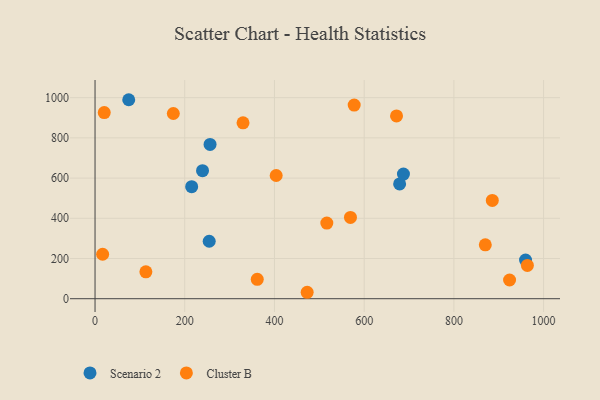
{"axis": {"x": "Study Hours", "y": "Sales"}, "legend": ["Cluster B", "Scenario 2"], "data": [{"x": "239.6", "y": 636.9, "type": "Scenario 2"}, {"x": "215.4", "y": 557.2, "type": "Scenario 2"}, {"x": "254.5", "y": 285.8, "type": "Scenario 2"}, {"x": "679.0", "y": 570.9, "type": "Scenario 2"}, {"x": "959.7", "y": 192.1, "type": "Scenario 2"}, {"x": "687.5", "y": 620.0, "type": "Scenario 2"}, {"x": "256.4", "y": 767.6, "type": "Scenario 2"}, {"x": "75.1", "y": 989.7, "type": "Scenario 2"}, {"x": "885.6", "y": 489.0, "type": "Cluster B"}, {"x": "20.5", "y": 926.0, "type": "Cluster B"}, {"x": "924.1", "y": 93.0, "type": "Cluster B"}, {"x": "516.7", "y": 376.2, "type": "Cluster B"}, {"x": "672.1", "y": 909.1, "type": "Cluster B"}, {"x": "403.8", "y": 612.9, "type": "Cluster B"}, {"x": "329.9", "y": 874.8, "type": "Cluster B"}, {"x": "963.8", "y": 165.4, "type": "Cluster B"}, {"x": "870.0", "y": 268.0, "type": "Cluster B"}, {"x": "174.5", "y": 921.1, "type": "Cluster B"}, {"x": "472.9", "y": 32.0, "type": "Cluster B"}, {"x": "16.9", "y": 221.2, "type": "Cluster B"}, {"x": "113.3", "y": 133.9, "type": "Cluster B"}, {"x": "577.7", "y": 963.3, "type": "Cluster B"}, {"x": "569.4", "y": 404.2, "type": "Cluster B"}, {"x": "361.6", "y": 96.2, "type": "Cluster B"}]}